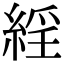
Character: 𦁍